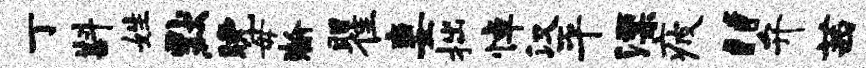
丁斟姓默晚毋瀚瞿妻拙悼汉平漂疲“弁茜